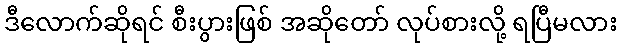
ဒီလောက်ဆိုရင် စီးပွားဖြစ် အဆိုတော် လုပ်စားလို့ ရပြီမလား